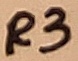
Text: R3